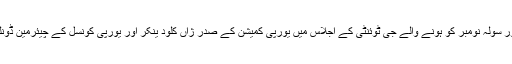
نيوز ايجنسی روئٹرز کی برسلز سے موصولہ رپورٹوں کے مطابق ترک ساحلی شہر انتاليہ ميں پندرہ اور سولہ نومبر کو ہونے والے جی ٹوئنٹی کے اجلاس ميں يورپی کميشن کے صدر ژاں کلود يُنکر اور يورپی کونسل کے چيئرمين ڈونلڈ ٹُسک شرکت کريں گے اور پناہ گزينوں کے بحران کے حل کے ليے عالمی ردعمل پر زور ديں گے۔